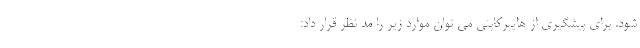
شود. برای پیشگیری از هایپرکاپنی می توان موارد زیر را مد نظر قرار داد: